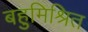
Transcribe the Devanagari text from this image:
बहुमिश्रित